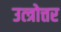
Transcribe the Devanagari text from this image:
उत्त्रोत्तर